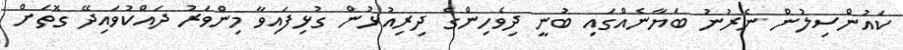
ކައުންސިލުން ނެރުނު ބަޔާނެއްގައި ބުނީ ދިވެހިންގެ ދިރިއުޅުން ގުޅިފައިވާ މިންވަރު ދައްކުވައިދޭ ގޮތަށް